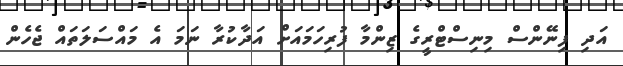
އަދި ފިނޭންސް މިނިސްޓްރީގެ ޒިންމާ ފުރިހަމައަށް އަދާކުރާ ނަމަ އެ މައްސަލަތައް ޖެހެން